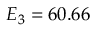
E _ { 3 } = 6 0 . 6 6